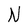
Character: N